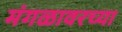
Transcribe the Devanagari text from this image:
मंगळावरच्या